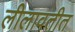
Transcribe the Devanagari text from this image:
लीलावतीत